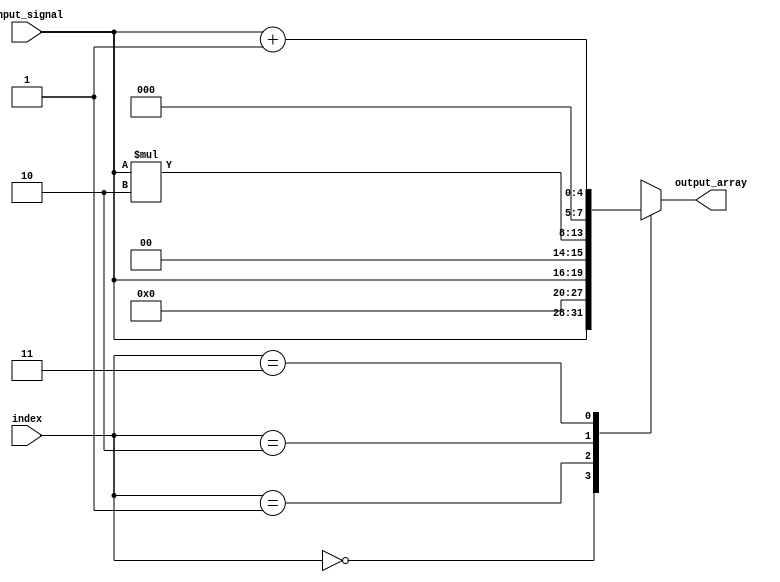
module array_continuous_assignment (
    input wire [3:0] input_signal,  // 4-bit input signal
    input wire [1:0] index,         // 2-bit index for array access
    output wire [7:0] output_array   // 8-bit output array
);

    // Array declaration with a fixed size of 4 elements, each 8 bits wide
    reg [7:0] my_array [0:3];

    // Continuous assignment to the array elements
    // Assign values to the array elements based on the input_signal
    assign my_array[0] = {input_signal, 4'b0000}; // Assign input_signal with padding
    assign my_array[1] = {4'b0000, input_signal}; // Assign input_signal with padding
    assign my_array[2] = input_signal * 2;        // Example of a calculation
    assign my_array[3] = input_signal + 1;        // Example of a calculation

    // Continuous assignment to output_array based on the selected index
    assign output_array = my_array[index]; // Output the selected array element

endmodule